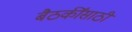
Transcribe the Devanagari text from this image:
बैठकींसाठी